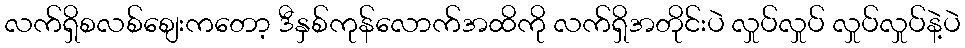
လက်ရှိစလစ်စျေးကတော့ ဒီနှစ်ကုန်လောက်အထိကို လက်ရှိအတိုင်းပဲ လှုပ်လှုပ် လှုပ်လှုပ်နဲ့ပဲ